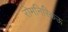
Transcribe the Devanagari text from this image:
रोमनिस्किऊ